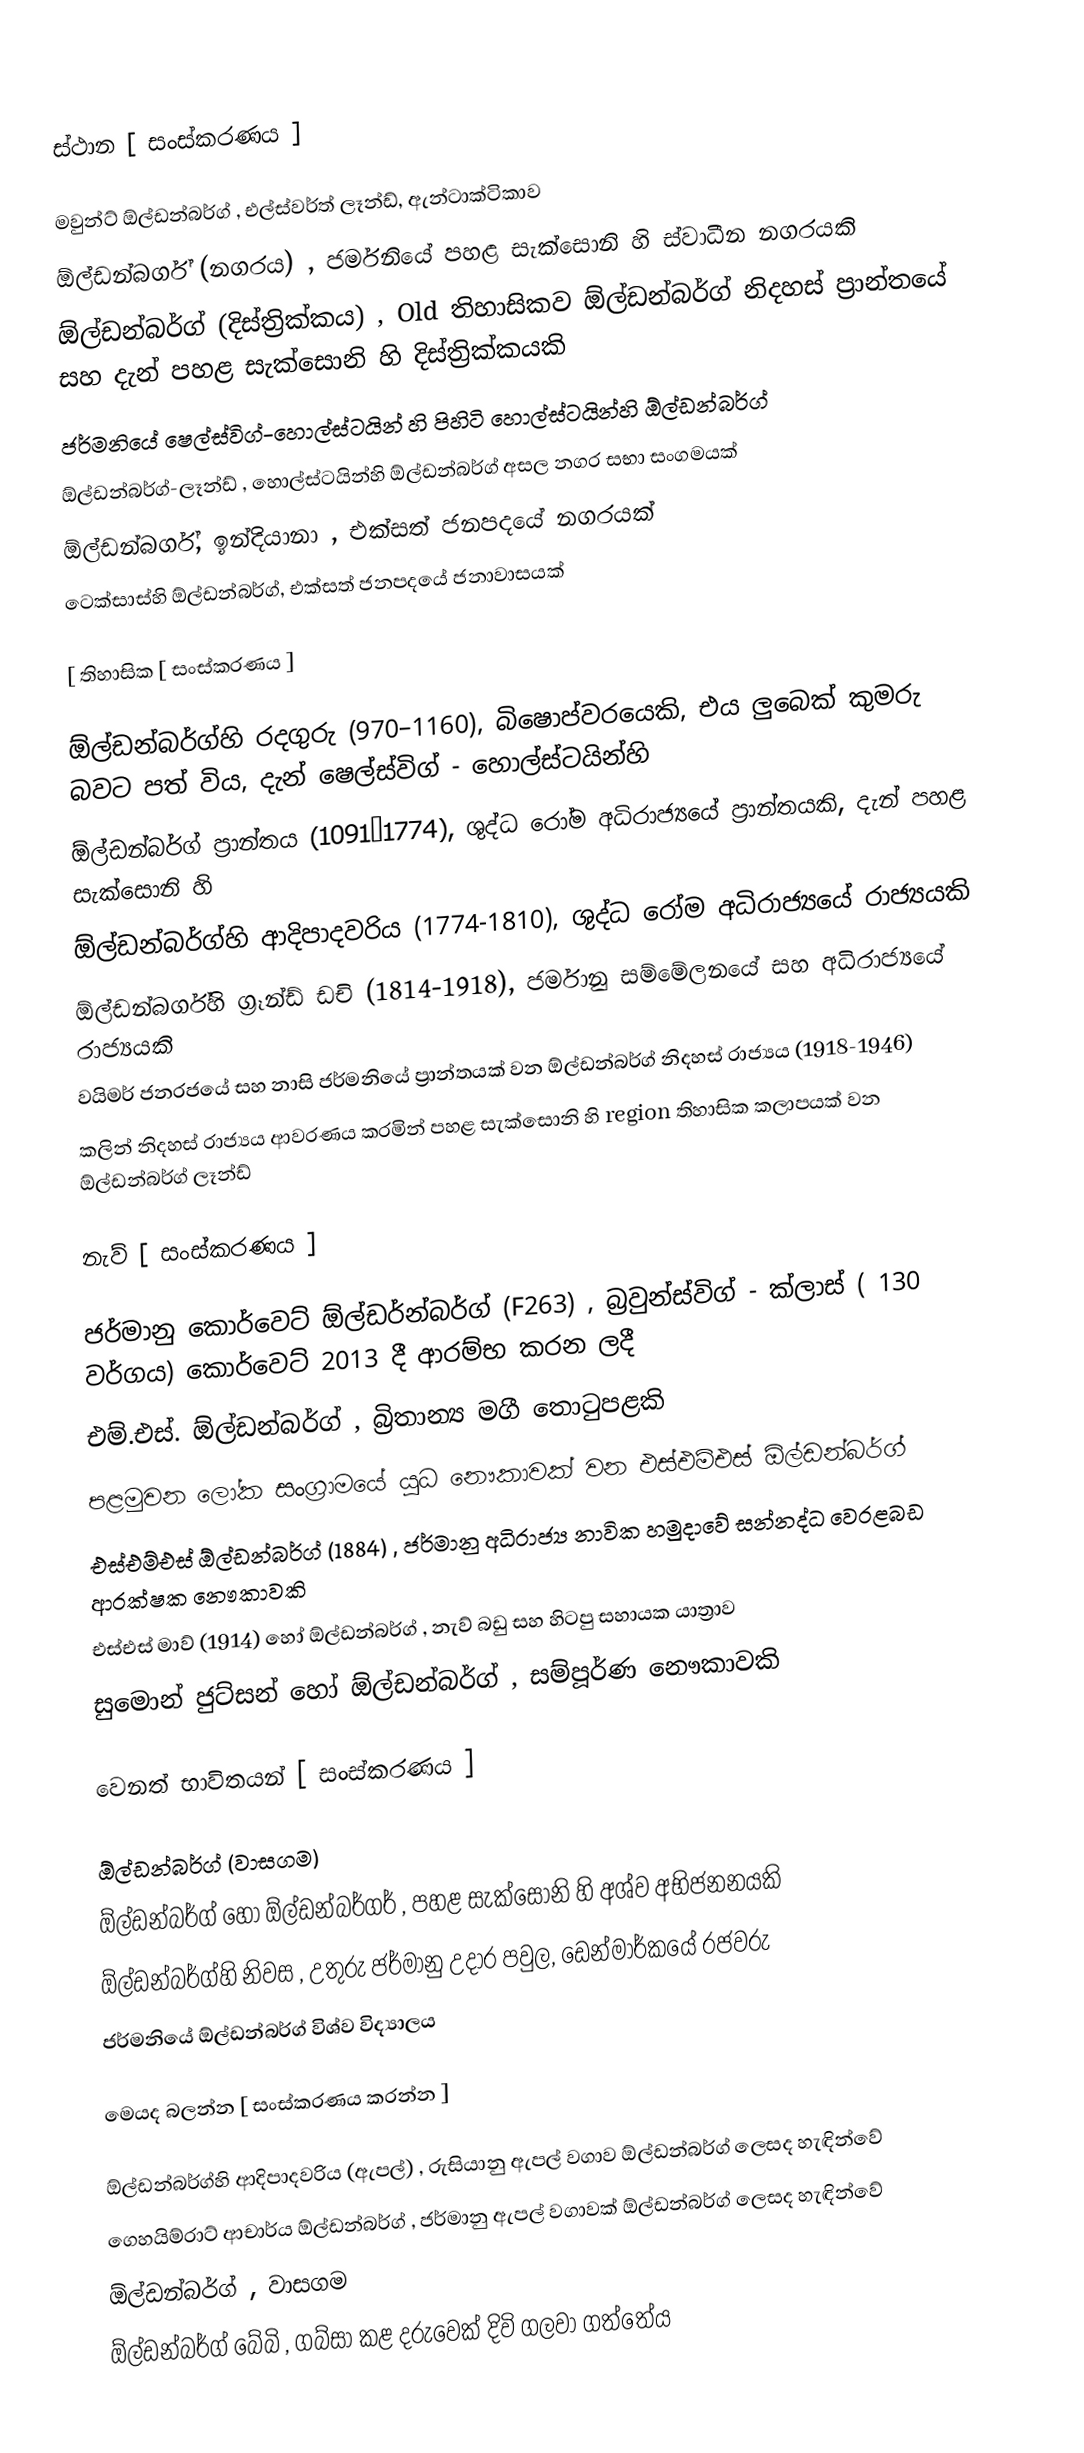
‌

ස්ථාන [ සංස්කරණය ]

 මවුන්ට් ඕල්ඩන්බර්ග් , එල්ස්වර්ත් ලෑන්ඩ්, ඇන්ටාක්ටිකාව
 ඕල්ඩන්බර්ග් (නගරය) , ජර්මනියේ පහළ සැක්සොනි හි ස්වාධීන නගරයකි
 ඕල්ඩන්බර්ග් (දිස්ත්‍රික්කය) , Old තිහාසිකව ඕල්ඩන්බර්ග් නිදහස් ප්‍රාන්තයේ සහ දැන් පහළ සැක්සොනි හි දිස්ත්‍රික්කයකි
 ජර්මනියේ ෂෙල්ස්විග්-හොල්ස්ටයින් හි පිහිටි හොල්ස්ටයින්හි ඕල්ඩන්බර්ග්
 ඕල්ඩන්බර්ග්-ලෑන්ඩ් , හොල්ස්ටයින්හි ඕල්ඩන්බර්ග් අසල නගර සභා සංගමයක්
 ඕල්ඩන්බර්ග්, ඉන්දියානා , එක්සත් ජනපදයේ නගරයක්
 ටෙක්සාස්හි ඕල්ඩන්බර්ග්, එක්සත් ජනපදයේ ජනාවාසයක්

[ තිහාසික [ සංස්කරණය ]

 ඕල්ඩන්බර්ග්හි රදගුරු (970–1160), බිෂොප්වරයෙකි, එය ලුබෙක් කුමරු බවට පත් විය, දැන් ෂෙල්ස්විග් - හොල්ස්ටයින්හි
 ඕල්ඩන්බර්ග් ප්‍රාන්තය (1091–1774), ශුද්ධ රෝම අධිරාජ්‍යයේ ප්‍රාන්තයකි, දැන් පහළ සැක්සොනි හි
 ඕල්ඩන්බර්ග්හි ආදිපාදවරිය (1774-1810), ශුද්ධ රෝම අධිරාජ්‍යයේ රාජ්‍යයකි
 ඕල්ඩන්බර්ග්හි ග්‍රෑන්ඩ් ඩචි (1814-1918), ජර්මානු සම්මේලනයේ සහ අධිරාජ්‍යයේ රාජ්‍යයකි
 වයිමර් ජනරජයේ සහ නාසි ජර්මනියේ ප්‍රාන්තයක් වන ඕල්ඩන්බර්ග් නිදහස් රාජ්‍යය (1918-1946)
 කලින් නිදහස් රාජ්‍යය ආවරණය කරමින් පහළ සැක්සොනි හි region තිහාසික කලාපයක් වන ඕල්ඩන්බර්ග් ලෑන්ඩ්

නැව් [ සංස්කරණය ]

 ජර්මානු කොර්වෙට් ඕල්ඩර්න්බර්ග් (F263) , බ්‍රවුන්ස්විග් - ක්ලාස් ( 130 වර්ගය) කොර්වෙට් 2013 දී ආරම්භ කරන ලදී
 එම්.එස්. ඕල්ඩන්බර්ග් , බ්‍රිතාන්‍ය මගී තොටුපළකි
 පළමුවන ලෝක සංග්‍රාමයේ යුධ නෞකාවක් වන එස්එම්එස් ඕල්ඩන්බර්ග්
 එස්එම්එස් ඕල්ඩන්බර්ග් (1884) , ජර්මානු අධිරාජ්‍ය නාවික හමුදාවේ සන්නද්ධ වෙරළබඩ ආරක්ෂක නෞකාවකි
 එස්එස් මාව් (1914) හෝ ඕල්ඩන්බර්ග් , නැව් බඩු සහ හිටපු සහායක යාත්‍රාව
 සුමොන් ජුට්සන් හෝ ඕල්ඩන්බර්ග් , සම්පූර්ණ නෞකාවකි

වෙනත් භාවිතයන් [ සංස්කරණය ]

 ඕල්ඩන්බර්ග් (වාසගම)
 ඕල්ඩන්බර්ග් හෝ ඕල්ඩන්බර්ගර් , පහළ සැක්සොනි හි අශ්ව අභිජනනයකි
 ඕල්ඩන්බර්ග්හි නිවස , උතුරු ජර්මානු උදාර පවුල, ඩෙන්මාර්කයේ රජවරු
 ජර්මනියේ ඕල්ඩන්බර්ග් විශ්ව විද්‍යාලය

මෙයද බලන්න [ සංස්කරණය කරන්න ]

 ඕල්ඩන්බර්ග්හි ආදිපාදවරිය (ඇපල්) , රුසියානු ඇපල් වගාව ඕල්ඩන්බර්ග් ලෙසද හැඳින්වේ
 ගෙහයිම්රාට් ආචාර්ය ඕල්ඩන්බර්ග් , ජර්මානු ඇපල් වගාවක් ඕල්ඩන්බර්ග් ලෙසද හැඳින්වේ
 ඕල්ඩන්බර්ග් , වාසගම
 ඕල්ඩන්බර්ග් බේබි , ගබ්සා කළ දරුවෙක් දිවි ගලවා ගත්තේය